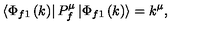
\left\langle \Phi _ { f 1 } \left( k \right) \right| P _ { f } ^ { \mu } \left| \Phi _ { f 1 } \left( k \right) \right\rangle = k ^ { \mu } ,